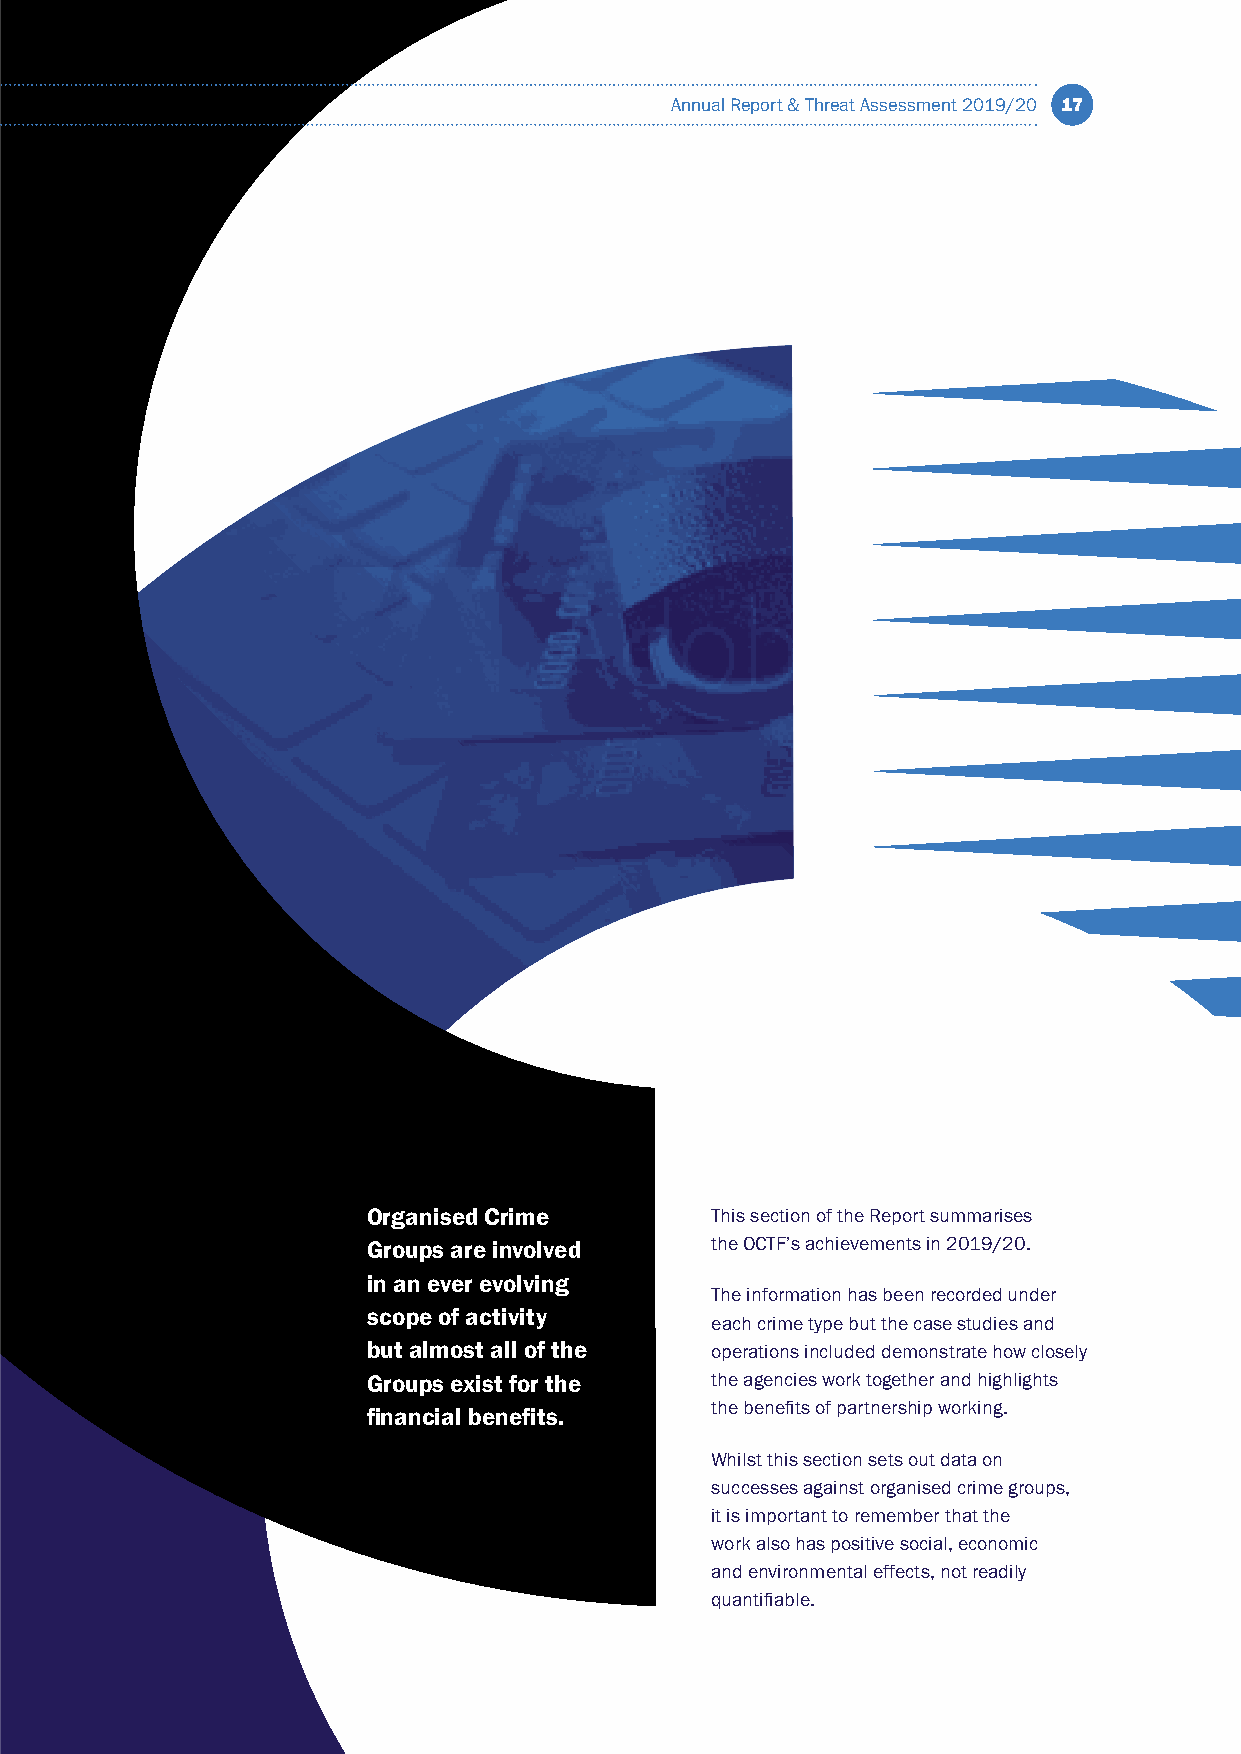
Annual Report & Threat Assessment 2019/20 17
 Organised Crime        This section of the Report summarises
 Groups are involved    the OCTF’s achievements in 2019/20.
 in an ever evolving
 The information has been recorded under
 scope of activity
 each crime type but the case studies and
 but almost all of the  operations included demonstrate how closely
 Groups exist for the   the agencies work together and highlights
 the benefits of partnership working.
 financial benefits.
 Whilst this section sets out data on
 successes against organised crime groups,
 it is important to remember that the
 work also has positive social, economic
 and environmental effects, not readily
 quantifiable.